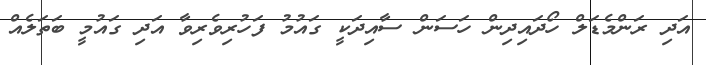
އަދި ރަންމެޑަލް ހޯދައިދިން ހަސަން ސާއިދަކީ ގައުމު ފަހުރިވެރިވާ އަދި ގައުމީ ބަތަލެއް